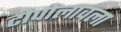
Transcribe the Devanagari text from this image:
टोपोलावला